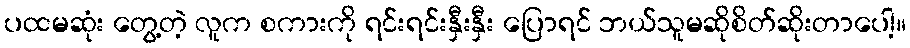
ပထမဆုံး တွေ့တဲ့ လူက စကားကို ရင်းရင်းနှီးနှီး ပြောရင် ဘယ်သူမဆိုစိတ်ဆိုးတာပေါ့။